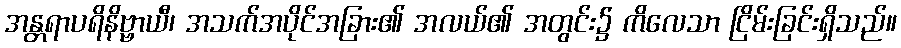
အန္တရာပရိနိဗ္ဗာယီ၊ အသက်အပိုင်အခြား၏ အလယ်၏ အတွင်း၌ ကိလေသာ ငြိမ်းခြင်းရှိသည်။